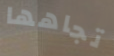
تجاهها